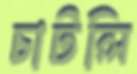
চাটলি